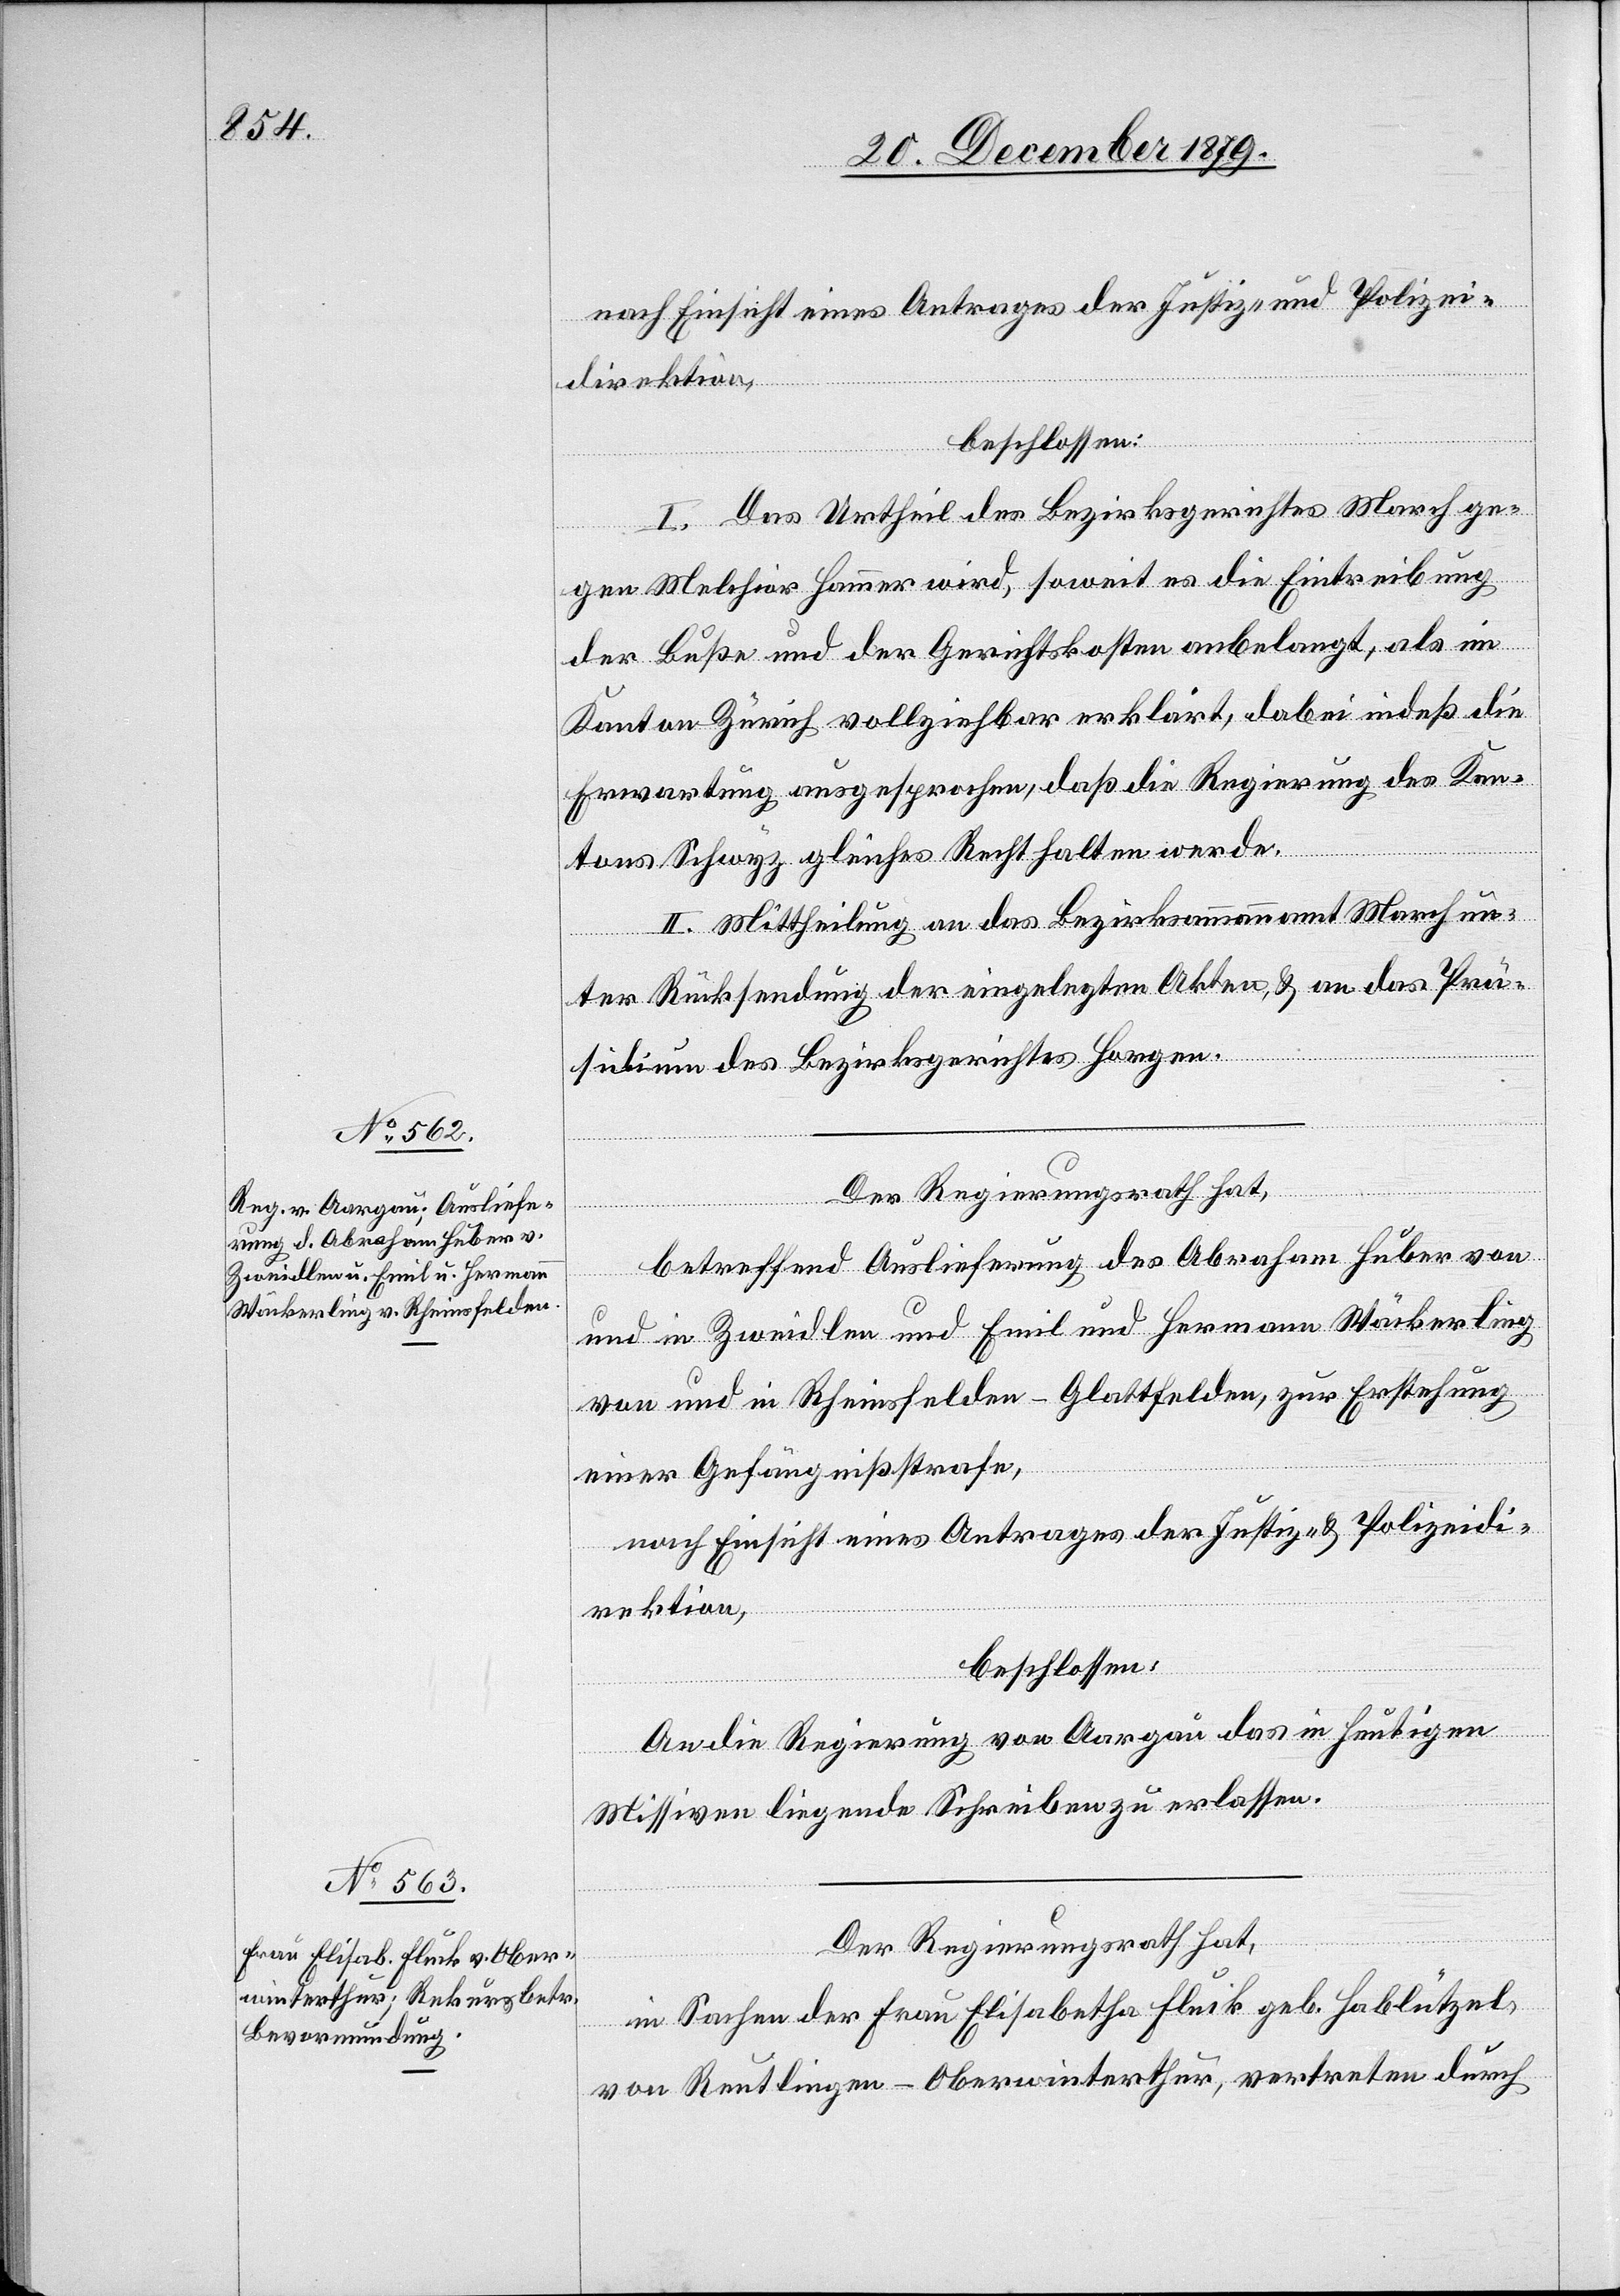
nach Einsicht eines Antrages der Justiz- und Polizei¬
direktion
beschlossen:
I. Das Urtheil des Bezirksgerichtes March ge¬
gen Melchior Hammer wird, soweit es die Eintreibung
der Buße und der Gerichtskosten anbelangt, als im
Kanton Zürich vollziehbar erklärt, dabei indeß die
Erwartung ausgesprochen, daß die Regierung des Kan¬
tons Schwyz gleiches Recht halten werden.
II. Mittheilung an das Bezirksammannamt March un¬
ter Rücksendung der eingelegten Akten & an das Prä¬
sidium des Bezirksgerichtes Horgen.
Der Regierungsrath hat,
betreffend Auslieferung des Abraham Huber von
und in Zweidlen und Emil und Hermann Wäckerling
von und in Rheinfelden - Glattfelden, zur Erstehung
einer Gefängnißstrafe,
nach Einsicht eines Antrages der Justiz- & Polizeidi¬
rektion,
beschlossen:
An die Regierung von Aargau das in heutigen
Missiven liegende Schreiben zu erlassen.
Der Regierungsrath hat,
in Sachen Frau Elisabetha Fluck geb. Hablützel,
von Reutlingen - Oberwinterthur, vertreten durch